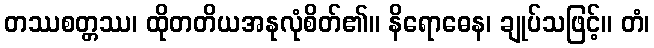
တဿစတ္တဿ၊ ထိုတတိယအနုလုံစိတ်၏။ နိရောဓေန၊ ချုပ်သဖြင့်။ တံ၊